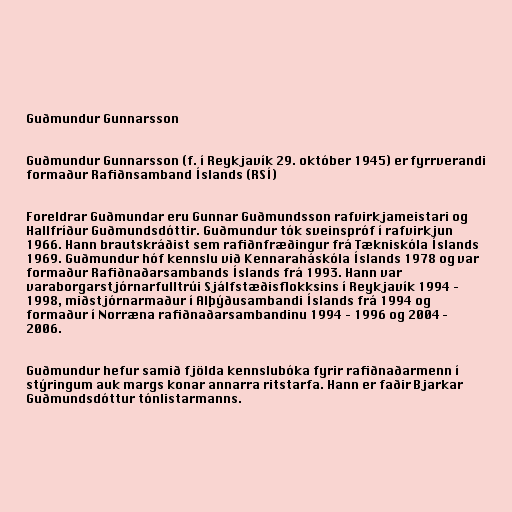
Guðmundur Gunnarsson

Guðmundur Gunnarsson (f. í Reykjavík 29. október 1945) er fyrrverandi
formaður Rafiðnsamband Íslands (RSÍ)

Foreldrar Guðmundar eru Gunnar Guðmundsson rafvirkjameistari og
Hallfríður Guðmundsdóttir. Guðmundur tók sveinspróf í rafvirkjun
1966. Hann brautskráðist sem rafiðnfræðingur frá Tækniskóla Íslands
1969. Guðmundur hóf kennslu við Kennaraháskóla Íslands 1978 og var
formaður Rafiðnaðarsambands Íslands frá 1993. Hann var
varaborgarstjórnarfulltrúi Sjálfstæðisflokksins í Reykjavík 1994 –
1998, miðstjórnarmaður í Alþýðusambandi Íslands frá 1994 og
formaður í Norræna rafiðnaðarsambandinu 1994 – 1996 og 2004 –
2006.

Guðmundur hefur samið fjölda kennslubóka fyrir rafiðnaðarmenn í
stýringum auk margs konar annarra ritstarfa. Hann er faðir Bjarkar
Guðmundsdóttur tónlistarmanns.